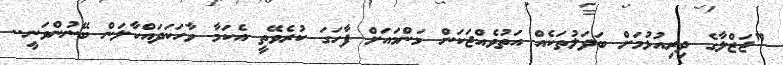
"ޖަޒްލާގެ ދިރިއުޅުމަށް ބަދަލުތަކެއް އަތުވެއްޖަކަން މަންމައަށް ފާހަގަ ކުރެވޭތީ އެކަމާ ވާހަކަދައްކާލަން ބޭނުންވަނީ..